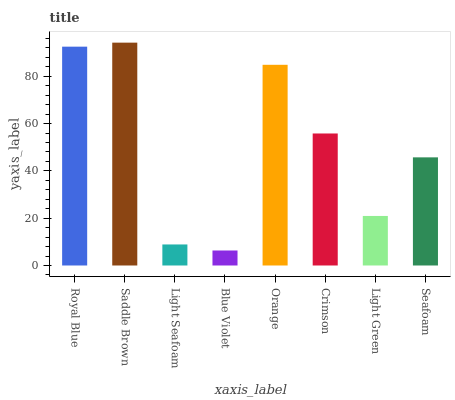
| xaxis_label | bars |
 | --- | --- |
 | Royal Blue | 92.5 |
 | Saddle Brown | 94.2 |
 | Light Seafoam | 8.9 |
 | Blue Violet | 6.34 |
 | Orange | 84.8 |
 | Crimson | 55.8 |
 | Light Green | 20.9 |
 | Seafoam | 45.7 |